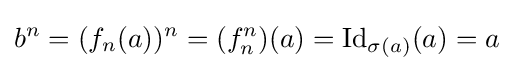
b^{n}=(f_{n}(a))^{n}=(f_{n}^{n})(a)=\operatorname {Id} _{\sigma (a)}(a)=a